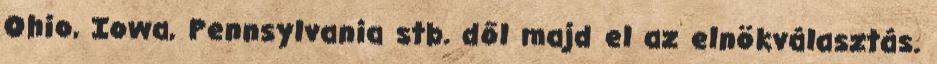
Ohio, Iowa, Pennsylvania stb. dől majd el az elnökválasztás.